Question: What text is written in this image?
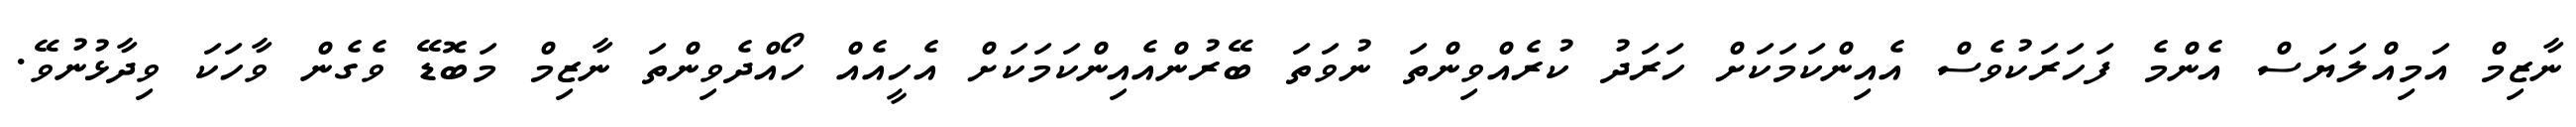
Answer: ނާޒިމް އަމިއްލަޔަސް އެންމެ ފަހަރަކުވެސް އެއިންކަމަކަށް ހަރަދު ކުރެއްވިންތަ ނުވަތަ ބޭރުންއެއިންކަމަކަށް އެހީއެއް ހޯއްދެވިންތަ ނާޒިމް މަބޮޑޭ ވެގެން ވާހަކަ ވިދާޅުނުވޭ.